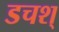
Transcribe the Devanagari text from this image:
डचश्